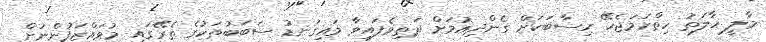
މާލީ ހާލަތު ހިތްހަމަޖެހޭ ހިސާބަކަށް ގެންދިއުމަށް ދަތިވެފައިވާ މައިގަނޑު ސަބަބުތަކުގެ ތެރޭގައި މުވައްޒަފުންނަށް